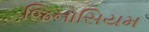
જિનોસિયમ